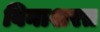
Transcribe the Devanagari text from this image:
विनाशरत